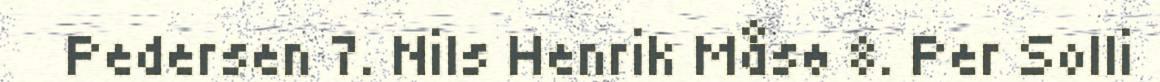
Pedersen 7. Nils Henrik Måsø 8. Per Solli